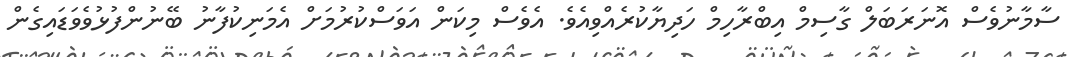
ސާމާނުވެސް އޮނަރަބަލް ގާސިމް އިބްރާހިމް ހަދިޔާކުރެއްވިއެވެ. އެވެސް މިކަން އަވަސްކުރުމަށް އެމަނިކުފާނު ބޭނުންފުޅުވެވަޑައިގެން